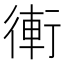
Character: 䡓